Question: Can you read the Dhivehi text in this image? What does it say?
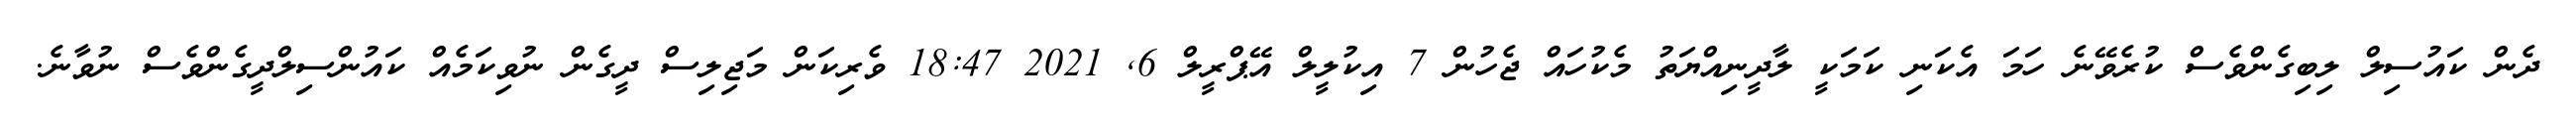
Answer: ދެން ކައުސިލް ލިބިގެންވެސް ކުރެވޭނެ ހަމަ އެކަނި ކަމަކީ ލާދީނިއްޔަތު މެކުހައް ޖެހުން 7 އިކުލީލް އޭޕްރީލް 6, 2021 18:47 ވެރިކަން މަޖިލިސް ދީގެން ނުވިކަމެއް ކައުންސިލްދީގެންވެސް ނުވާނެ.